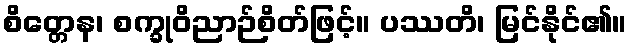
စိတ္တေန၊ စက္ခုဝိညာဉ်စိတ်ဖြင့်။ ပဿတိ၊ မြင်နိုင်၏။